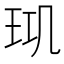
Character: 𤤲